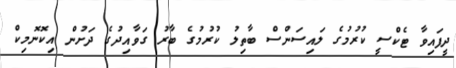
ދީފައިވާ ޓެކްސީ ކުރުމުގެ ލައިސަންސް ބާތިލު ކުރުމުގެ ބާރު ގަވާއިދުގެ ދަށުން އިކޮނޮމިކް